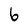
Character: b